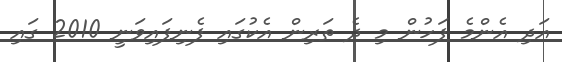
އަދި އެންމެ ފަހުން މި ދެ ތަރިން އެކުގައި ފެނިފައިވަނީ 2010 ގައި